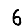
Digit: 6